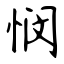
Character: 悯